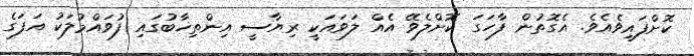
ކޮށްފައިވެއެވެ. އެގޮތުން ފާހަގަ ކޮށްލެވޭ އެއް ލަވައަކީ ރިޔާސީ އިންތިޚާބުގައި ފުވައްމުލަކު އަފަގެ